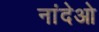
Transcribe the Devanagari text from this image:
नांदेओ